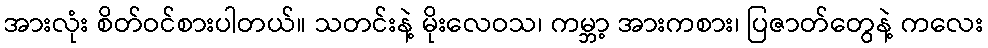
အားလုံး စိတ်ဝင်စားပါတယ်။ သတင်းနဲ့ မိုးလေဝသ၊ ကမ္ဘာ့ အားကစား၊ ပြဇာတ်တွေနဲ့ ကလေး